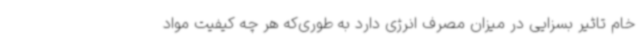
خام تاثیر بسزایی در میزان مصرف انرژی دارد به طوری‌که هر چه کیفیت مواد